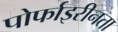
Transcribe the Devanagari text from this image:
पोर्फाइरीनता